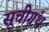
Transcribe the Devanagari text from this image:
सूचीग्रंथ